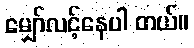
မျှော်လင့်နေပါ တယ်။